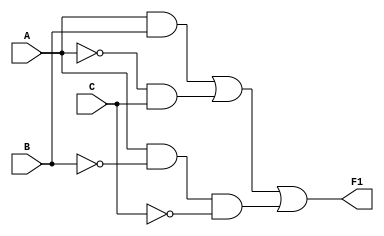
`timescale 1ns / 1ps
//////////////////////////////////////////////////////////////////////////////////
// Company: 
// Engineer: 
// 
// Design Name: 
// Module Name: Circuit1
// Project Name: 
// Target Devices: 
// Tool Versions: 
// Description: 
// 
// Dependencies: 
// 
// Revision:
// Revision 0.01 - File Created
// Additional Comments:
// 
//////////////////////////////////////////////////////////////////////////////////


module Circuit1(
    input A,
    input B,
    input C,
    output F1
    );
    assign F1 = (A & B) | (~A & C) | (A & ~B & ~C); 
    
    
//    always@(A, B, C) begin
//        case({A,B,C})
//            3'b000: F1 = 1'b0;
//            3'b001: F1 = 1'b1;
//            3'b010: F1 = 1'b0;
//            3'b011: F1 = 1'b1;
//            3'b100: F1 = 1'b1;
//            3'b101: F1 = 1'b0;
//            3'b110: F1 = 1'b1;
//            3'b111: F1 = 1'b1;
//        endcase

//    end
    
    
endmodule